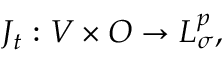
J _ { t } : V \times O \to L _ { \sigma } ^ { p } ,